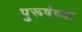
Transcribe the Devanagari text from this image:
पुरूषंच्या